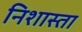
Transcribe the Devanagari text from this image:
निशास्ता